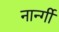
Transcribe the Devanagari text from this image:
नार्न्गी